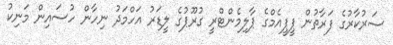
ސަރުކާރުގެ ފަރާތުން ޕީޕީއެމްގެ ޕާލިމެންޓްރީ ގުރޫޕުގެ ލީޑަރު އަހްމަދު ނިހާން ހުސައިން މަނިކު